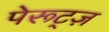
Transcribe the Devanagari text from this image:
पेरूट्ज़